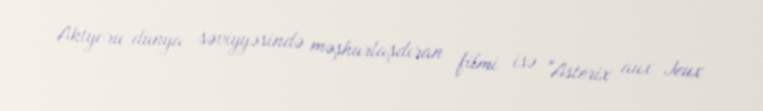
Aktyoru dünya səviyyəsində məşhurlaşdıran filmi isə "Astérix aux Jeux